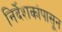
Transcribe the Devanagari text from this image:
निर्देशकांपासून